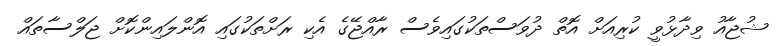
ޝުޖާއު ވިދާޅުވީ ކުރިއަށް އޮތް ދުވަސްތަކުގައިވެސް ރާއްޖޭގެ އެކި ރަށްތަކުގައި އޮންލައިންކޮށް ޖަލްސާތައް